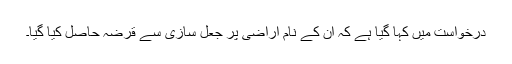
درخواست میں کہا گیا ہے کہ اُن کے نام اراضی پر جعل سازی سے قرضہ حاصل کیا گیا۔